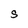
Character: s